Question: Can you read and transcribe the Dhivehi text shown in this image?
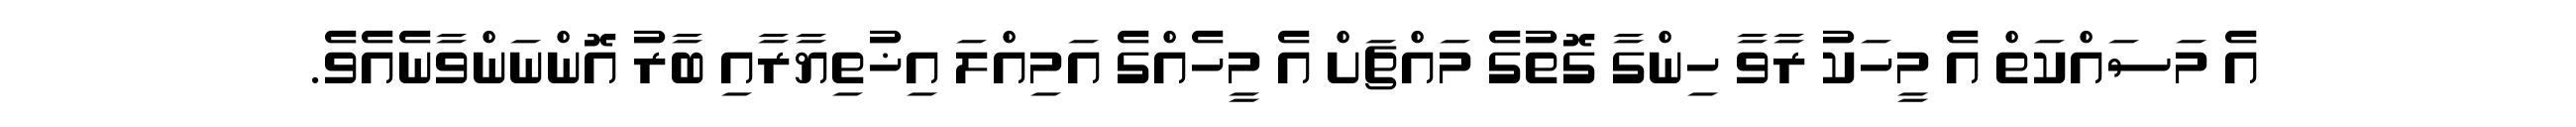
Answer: އެ މަސައްކަތް އެ މީހަކު ރާވާ ހިންގާ ގޮތުގެ މައްޗަށް އެ މީހެއްގެ އަމިއްލަ އިޚުތިޔާރާއި ބާރު އޮންނަންވާނެއެވެ.